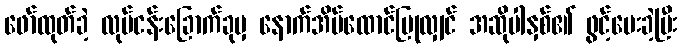
ဖော်ထုတ်ခဲ့ လုပ်ငန်းခြောက်ခုမှ နောက်အိမ်ထောင်ပြုလျှင် အဆိုပါနှစ်၏ ဖွင့်ပေးခဲ့ပြီး